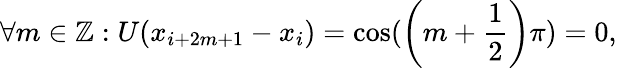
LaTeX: \forall m\in\mathbb{Z}:U(x_{i+2m+1}-x_{i})=\cos(\left(m+\frac{1}{2}\right)\pi)=0,